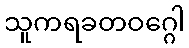
သူကရခတဝဂ္ဂေါ